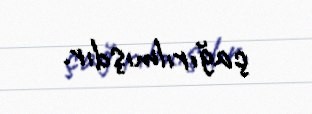
çağırılmışdır.